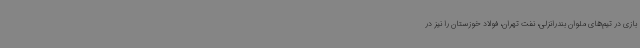
بازی در تیم‌های ملوان بندرانزلی، نفت تهران، فولاد خوزستان را نیز در